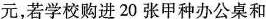
元，若学校购进20张甲种办公桌和